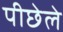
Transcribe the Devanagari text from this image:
पीछेले